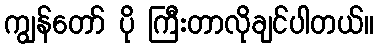
ကျွန်တော် ပို ကြီးတာလိုချင်ပါတယ်။